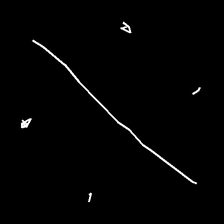
Glyph: cool